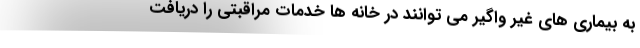
به بیماری های غیر واگیر می توانند در خانه ها خدمات مراقبتی را دریافت